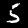
Label: 5